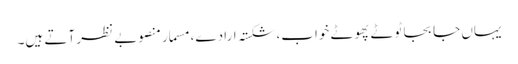
یہاں جا بجا ٹوٹے پھوٹے خواب، شکستہ ارادے، مسمار منصوبے نظر آتے ہیں۔